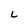
Character: L